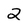
Character: 2